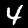
Label: 4